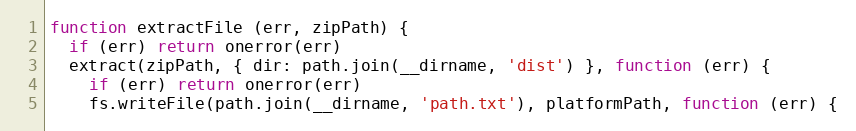
Language: JavaScript
function extractFile (err, zipPath) {
  if (err) return onerror(err)
  extract(zipPath, { dir: path.join(__dirname, 'dist') }, function (err) {
    if (err) return onerror(err)
    fs.writeFile(path.join(__dirname, 'path.txt'), platformPath, function (err) {